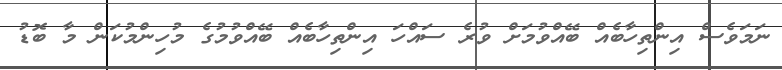
ނަމަވެސް އިންތިހާބެއް ބޭއްވުމަށް ވުރެ ސައްހަ އިންތިހާބެއް ބޭއްވުމުގެ މުހިންމުކަން މާ ބޮޑު